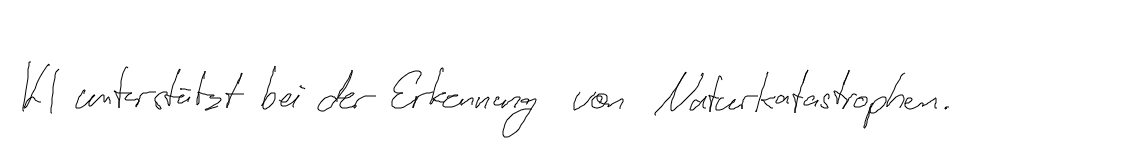
KI unterstützt bei der Erkennung von Naturkatastrophen.